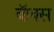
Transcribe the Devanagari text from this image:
बॅाक्स